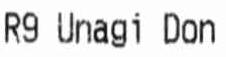
R9 UNAGI DON